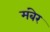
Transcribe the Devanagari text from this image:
मंबेर